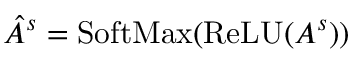
\hat { A } ^ { s } = \operatorname { S o f t M a x } ( \operatorname { R e L U } ( A ^ { s } ) )